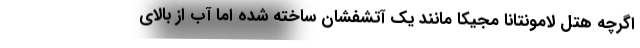
اگرچه هتل لامونتانا مجیکا مانند یک آتشفشان ساخته شده اما آب از بالای